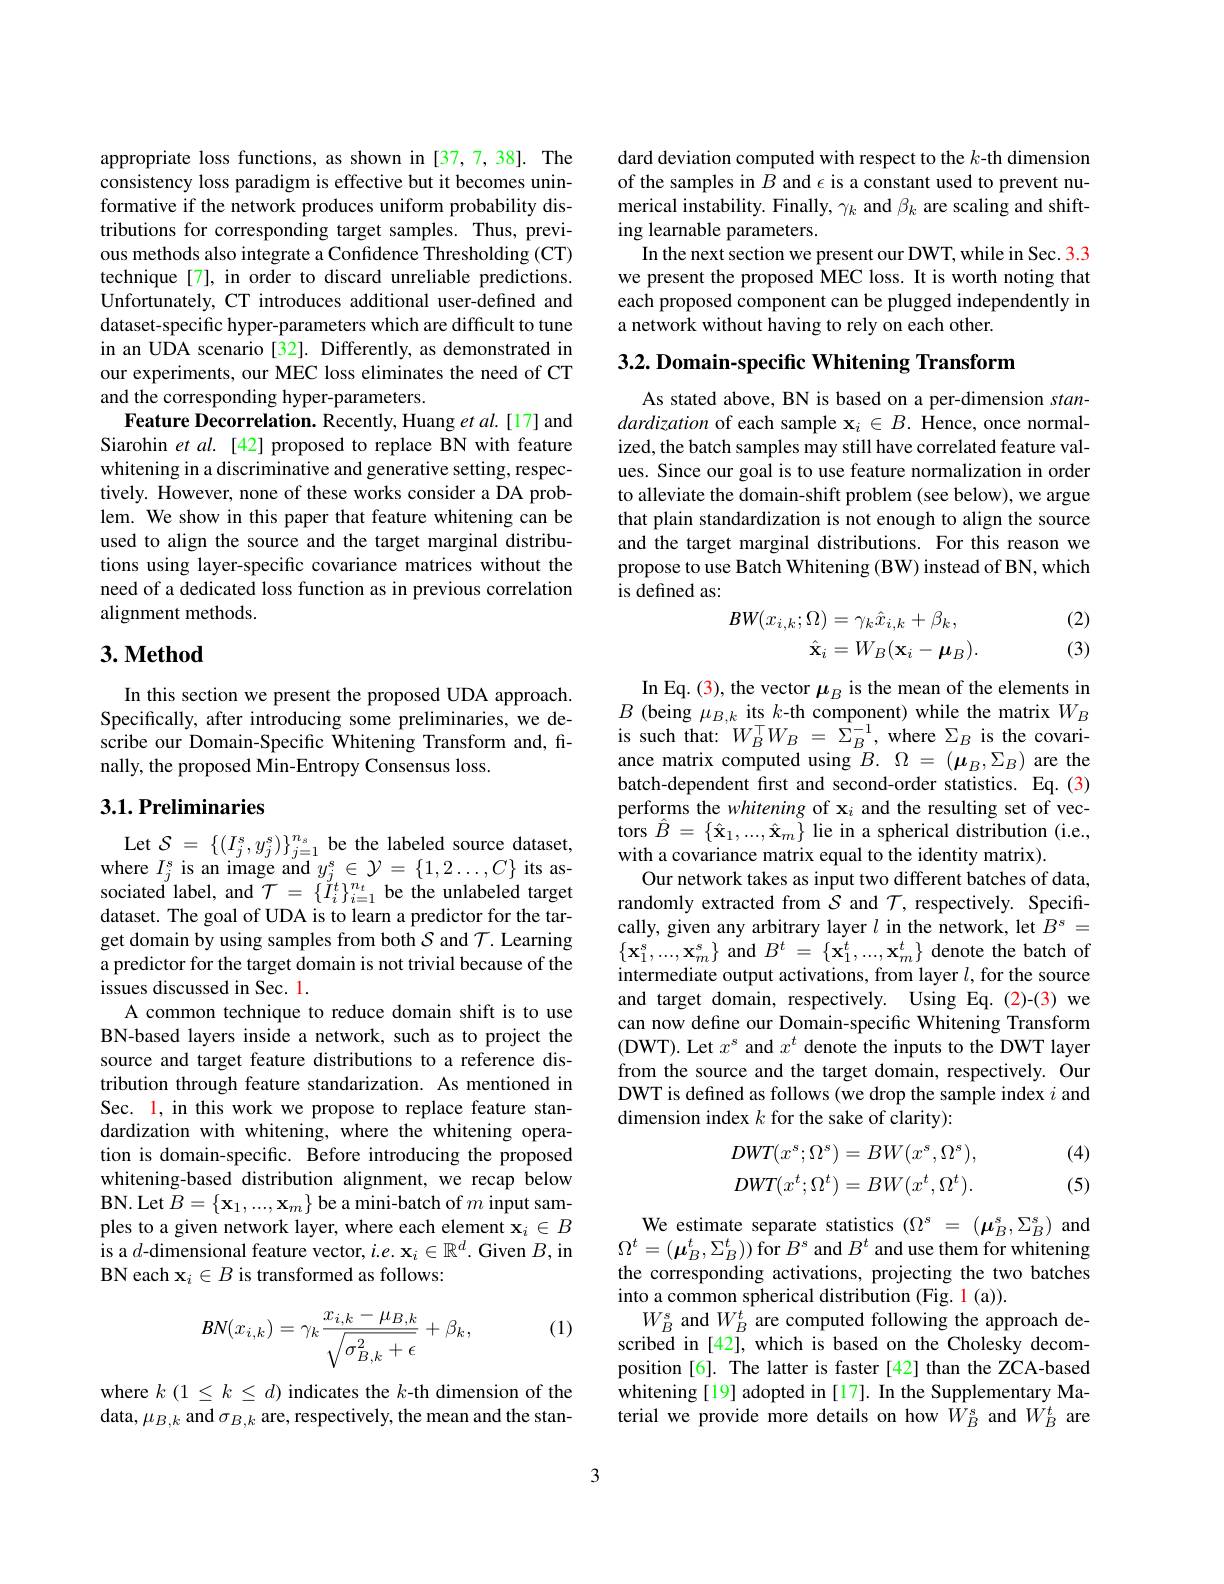
appropriate loss functions, as shown in [37,7,38]. The consistency loss paradigm is effective but it becomes uninformative if the network produces uniform probability distributions for corresponding target samples. Thus, previous methods also integrate a Confidence Thresholding (CT) technique [7], in order to discard unreliable predictions. Unfortunately, CT introduces additional user-defined and dataset-specific hyper-parameters which are difficult to tune in an UDA scenario [32]. Differently, as demonstrated in our experiments, our MEC loss eliminates the need of CT and the corresponding hyper-parameters.
Feature Decorrelation. Recently, Huang et al.[17] and Siarohin et $al.$ [42] proposed to replace BN with feature whitening in a discriminative and generative setting, respectively. However, none of these works consider a DA problem. We show in this paper that feature whitening can be used to align the source and the target marginal distributions using layer-specific covariance matrices without the need of a dedicated loss function as in previous correlation alignment methods.

## $3. \textbf{Method}$

In this section we present the proposed UDA approach Specifically, after introducing some preliminaries, we describe our Domain-Specific Whitening Transform and, finally, the proposed Min-Entropy Consensus loss.

## 3.1. Preliminaries

Let $\mathcal{S}=\left\{(I_{j}^{s},y_{j}^{s})\right\}_{j=1}^{n_{s}}$ be the labeled source dataset, where $I_j^s$ is an image and $y_j^s\in\mathcal{Y}=\{1,2\ldots,C\}$ its associated label, and $\mathcal{T}=\{\check{I}_{i}^{t}\}_{i=1}^{n_{t}}$ be the unlabeled target dataset. The goal of UDA is to learn a predictor for the target domain by using samples from both $S$ and $\mathcal{T}.$ Learning a predictor for the target domain is not trivial because of the issues discussed in Sec. l.
A common technique to reduce domain shift is to use BN-based layers inside a network, such as to project the source and target feature distributions to a reference distribution through feature standarization. As mentioned in Sec. 1, in this work we propose to replace feature standardization with whitening, where the whitening operation is domain-specific. Before introducing the proposed whitening-based distribution alignment, we recap below BN. Let $B= \{ \mathbf{x} _{1}, . . . , \mathbf{x} _{m}\}$ be a mini-batch of $m$ input samples to a given network layer, where each element $\mathbf{x}_i\in B$ is a $d$-dimensional feature vector, $i.e.\mathbf{x}_i\in\mathbb{R}^d.$ Given $B$,in BN each $\mathbf{x}_i\in B$ is transformed as follows:

(1)
$$BN(x_{i,k})=\gamma_k\frac{x_{i,k}-\mu_{B,k}}{\sqrt{\sigma_{B,k}^2+\epsilon}}+\beta_k,$$
where $k$ $(1\leq k\leq d)$ indicates the $k$-th dimension of the data, $\mu_B,k$ and $\sigma_B,k$ are, respectively, the mean and the stan-

dard deviation computed with respect to the $k$-th dimension of the samples in $B$ and $\epsilon$ is a constant used to prevent numerical instability. Finally, $\gamma_k$ and $\beta_k$ are scaling and shifting learnable parameters.
In the next section we present our DWT, while in Sec. 3.3 we present the proposed MEC loss. It is worth noting that each proposed component can be plugged independently in a network without having to rely on each other.

$3. 2. \textbf{ Domain- specific Whitening Transform}$

As stated above, BN is based on a per-dimension standardization of each sample x$_i\in B.$ Hence, once normalized, the batch samples may still have correlated feature values. Since our goal is to use feature normalization in order to alleviate the domain-shift problem (see below), we argue that plain standardization is not enough to align the source and the target marginal distributions. For this reason we propose to use Batch Whitening (BW) instead of BN, which is defined as:
$$\begin{aligned}BW(x_{i,k};\Omega)&=\gamma_k\hat{x}_{i,k}+\beta_k,\\\hat{\mathbf{x}}_i&=W_B(\mathbf{x}_i-\boldsymbol{\mu}_B).\end{aligned}$$
(2)

(3)

In Eq. (3), the vector $\mu_B$ is the mean of the elements in $B\pmod{\mu_{B,k}}$its $k$-th component) while the matrix $W_B$ is such that: $W_{B}^{\top }W_{B}$ = $\Sigma _{B}^{- 1}$, where $\Sigma_{B}$ is the covariance matrix computed using $\bar{B}.\Omega=(\boldsymbol{\mu}_{B},\Sigma_{B})$ are the batch-dependent first and second-order statistics. Eq.(3) performs the whitening of x$_i$ and the resulting set of vectors $\hat{B}=\{\hat{\mathbf{x}}_{1},...,\hat{\mathbf{x}}_{m}\}$ lie in a spherical distribution (i.e., with a covariance matrix equal to the identity matrix).
Our network takes as input two different batches of data, randomly extracted from $S$ and $\mathcal{T}$, respectively. Specifically, given any arbitrary layer $l$ in the network, let $B^s=$ $\{\mathbf{x}_{1}^{s},...,\mathbf{x}_{m}^{s}\}$ and $B^t=\{\mathbf{x}_{1}^{t},...,\mathbf{x}_{m}^{t}\}$ denote the batch of intermediate output activations, from layer $l$,for the source and target domain, respectively. Using Eq.(2)-(3) we can now define our Domain-specific Whitening Transform (DWT). Let $x^s$ and $x^t$ denote the inputs to the DWT layer from the source and the target domain, respectively. Our DWT is defined as follows (we drop the sample index $i$ and dimension index $k$ for the sake of clarity):
$$\begin{aligned}DWT(x^s;\Omega^s)&=BW(x^s,\Omega^s),\\DWT(x^t;\Omega^t)&=BW(x^t,\Omega^t).\end{aligned}$$
(4)

(5)

We estimate separate statistics $( \Omega ^{\mathrm{s} }$ = $( \boldsymbol{\mu }_{B}^{\mathrm{s} }, \Sigma _{B}^{\mathrm{s} })$ and $\Omega^t=(\boldsymbol{\mu}_B^t,\Sigma_B^t))$for $B^s$ and $B^t$ and use them for whitening the corresponding activations, projecting the two batches into a common spherical distribution (Fig. 1 (a)).
$W_{B}^{s}$ and $W_B^t$ are computed following the approach described in [42],which is based on the Cholesky decomposition[6]. The latter is faster [42] than the ZCA-based whitening[19] adopted in[17]. In the Supplementary Material we provide more details on how $W_B^s$ and $W_B^t$ are

3